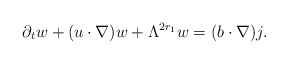
\begin{align*}\partial_{t} w + (u\cdot\nabla) w + \Lambda^{2r_{1}} w = (b\cdot\nabla) j. \end{align*}